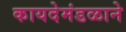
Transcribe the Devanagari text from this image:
कायदेमंडळाने